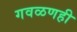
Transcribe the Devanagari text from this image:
गवळणही